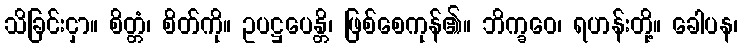
သိခြင်းငှာ။ စိတ္တံ၊ စိတ်ကို။ ဥပဋ္ဌပေန္တိ၊ ဖြစ်စေကုန်၏။ ဘိက္ခဝေ၊ ရဟန်းတို့။ ခေါပန၊